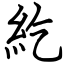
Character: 紇